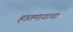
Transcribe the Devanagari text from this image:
हातमागाचा